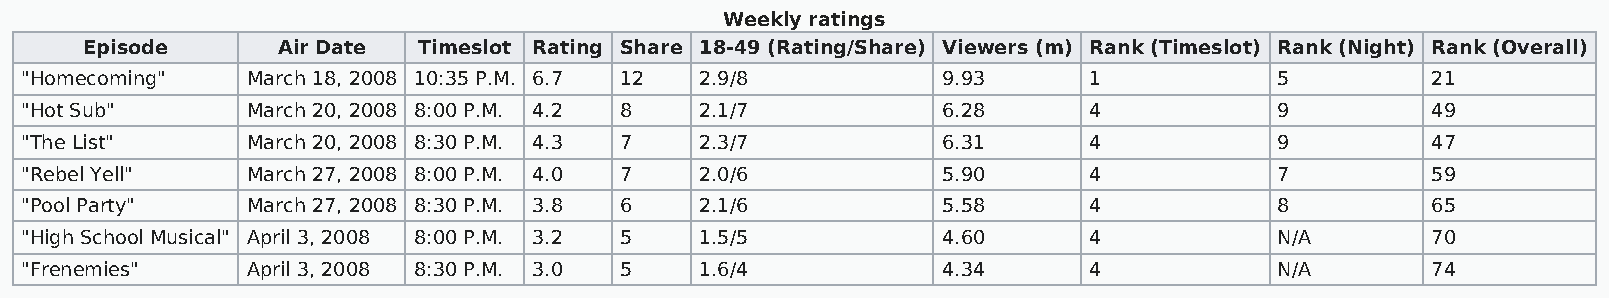
Weekly ratings
 Episode     Air Date  Timeslot Rating Share 18-49 (Rating/Share) Viewers (m) Rank (Timeslot) Rank (Night) Rank (Overall)
 "Homecoming"   March 18, 2008 10:35 P.M. 6.7 12 2.9/8        9.93      1            5         21
 "Hot Sub"      March 20, 2008 8:00 P.M. 4.2 8 2.1/7          6.28      4            9         49
 "The List"     March 20, 2008 8:30 P.M. 4.3 7 2.3/7          6.31      4            9         47
 "Rebel Yell"   March 27, 2008 8:00 P.M. 4.0 7 2.0/6          5.90      4            7         59
 "Pool Party"   March 27, 2008 8:30 P.M. 3.8 6 2.1/6          5.58      4            8         65
 "High School Musical" April 3, 2008 8:00 P.M. 3.2 5 1.5/5    4.60      4            N/A       70
 "Frenemies"    April 3, 2008 8:30 P.M. 3.0 5 1.6/4           4.34      4            N/A       74